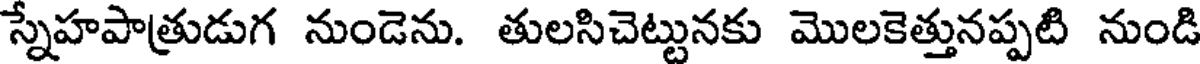
స్నేహపాత్రుడుగ నుండెను. తులసిచెట్టునకు మొలకెత్తునప్పటి నుండి